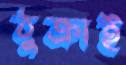
ঠুক্‌রাই